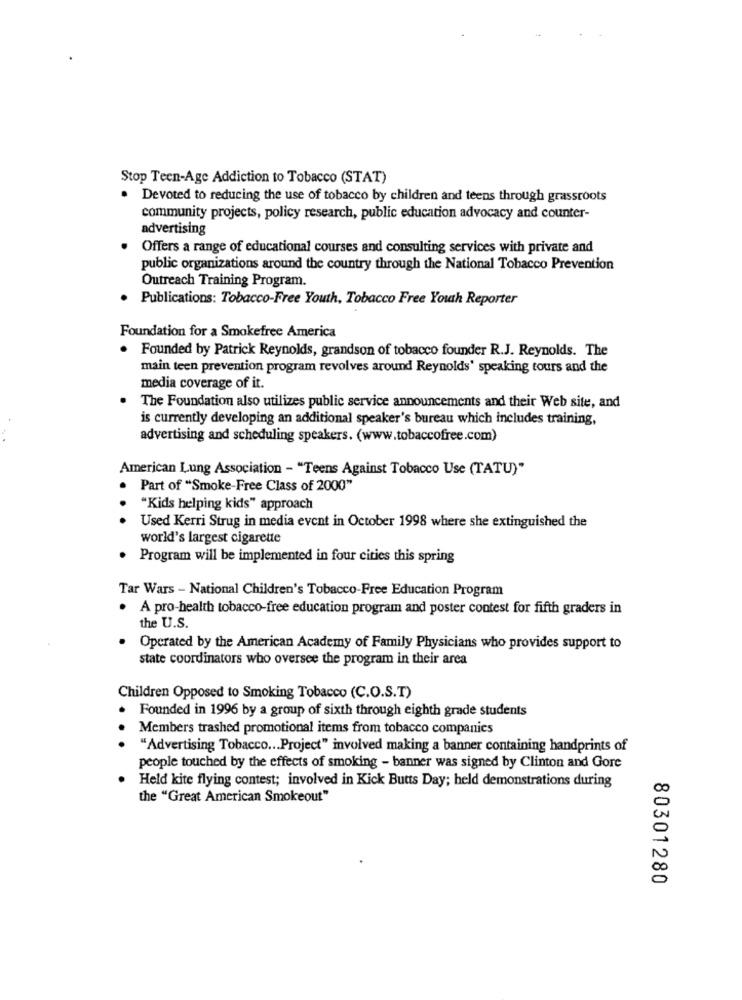
Stop Teen-Age Addiction to Tobacco (STAT)
Devoted to reducing the use of tobacco by children and teens through grassroots
community projects, policy research, public education advocacy and counter-
advertising
Offers a range of educational courses and consulting services with private and
public organizations around the country through the National Tobacco Prevention
Outreach Training Program.
. Publications: Tobacco-Free Youth, Tobacco Free Youth Reporter
Foundation for a Smokefree America
. Founded by Patrick Reynolds, grandson of tobacco founder R.J. Reynolds. The
main teen prevention program revolves around Reynolds' speaking tours and the
media coverage of it.
The Foundation also utilizes public service announcements and their Web site, and
is currently developing an additional speaker's bureau which includes training,
advertising and scheduling speakers. (www.tobaccofree.com)
American Lung Association - "Teens Against Tobacco Use (TATU)"
Part of "Smoke-Free Class of 2000"
"Kids helping kids" approach
Used Kerri Strug in media event in October 1998 where she extinguished the
world's largest cigarette
Program will be implemented in four cities this spring
Tar Wars - National Children's Tobacco-Free Education Program
. A pro-health tobacco-free education program and poster contest for fifth graders in
the U.S.
Operated by the American Academy of Family Physicians who provides support to
state coordinators who oversee the program in their area
Children Opposed to Smoking Tobacco (C.O.S.T)
Founded in 1996 by a group of sixth through eighth grade students
Members trashed promotional items from tobacco companies
"Advertising Tobacco ... Project" involved making a banner containing handprints of
people touched by the effects of smoking - banner was signed by Clinton and Gore
Held kite flying contest; involved in Kick Butts Day; held demonstrations during
the "Great American Smokeout"
80301280